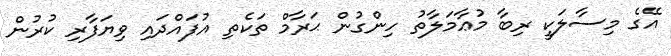
އޭގެ މިސާލަކީ ރިބާ މުޢާމަލާތު ހިންގުން ޙަރާމް ތަކެތި އުފައްދައި ވިޔަފާރި ކުރުން